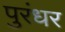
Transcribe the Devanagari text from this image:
पुरंधर